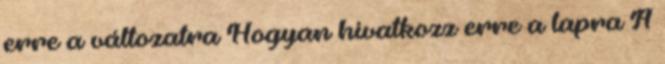
erre a változatra Hogyan hivatkozz erre a lapra A